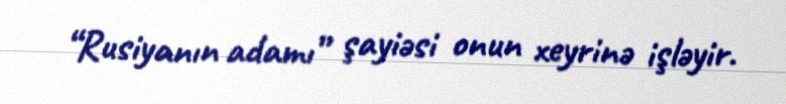
“Rusiyanın adamı” şayiəsi onun xeyrinə işləyir.